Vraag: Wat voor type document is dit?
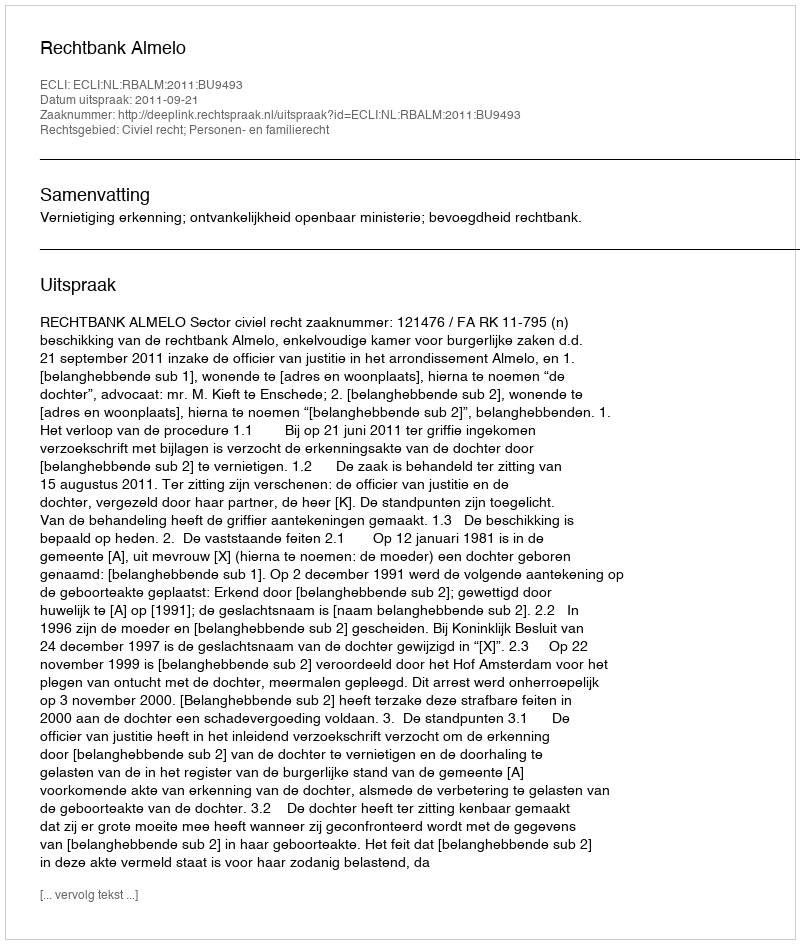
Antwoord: Uitspraak